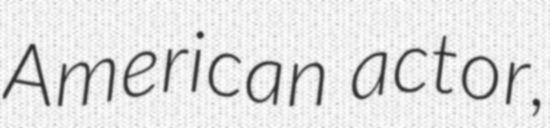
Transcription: American actor,